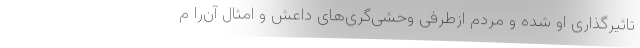
تاثیرگذاری او شده و مردم ازطرفی وحشی‌گری‌های داعش و امثال آن‌را م